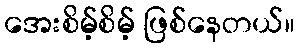
အေးစိမ့်စိမ့် ဖြစ်နေတယ်။